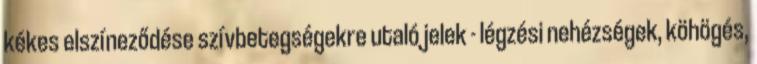
kékes elszíneződése szívbetegségekre utaló jelek - légzési nehézségek, köhögés,